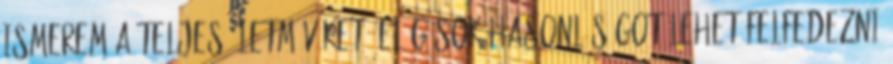
ismerem a teljes életművüket, elég sok hasonlóságot lehet felfedezni